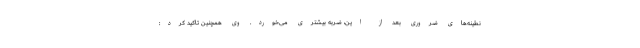
نطینه‌های ضروری بعد از این، ضربه بیشتری می‌خورد. وی همچنین تاکید کرد: